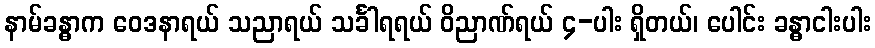
နာမ်ခန္ဓာက ဝေဒနာရယ် သညာရယ် သင်္ခါရရယ် ဝိညာဏ်ရယ် ၄-ပါး ရှိတယ်၊ ပေါင်း ခန္ဓာငါးပါး